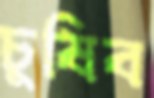
চুষিব